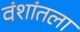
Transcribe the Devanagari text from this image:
वंशांतला